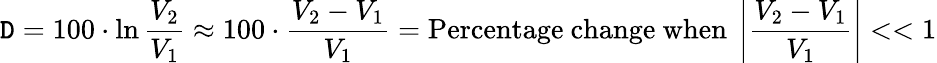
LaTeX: \mathtt{D}=100\cdot\ln{\frac{{V_{2}}}{{V_{1}}}}\approx100\cdot{\frac{{V_{2}-V_{1}}}{{V_{1}}}}={\mathrm{{Percentage~change}}}{\mathrm{{~when~}}}\left|{\frac{{V_{2}-V_{1}}}{{V_{1}}}}\right|<<1